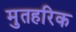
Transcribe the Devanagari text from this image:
मुतहरिक